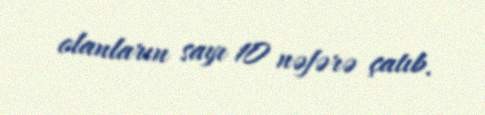
olanların sayı 10 nəfərə çatıb.